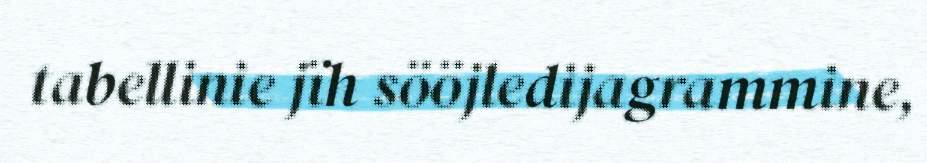
tabellinie jïh sööjledijagrammine,